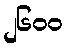
၂၆၀၀